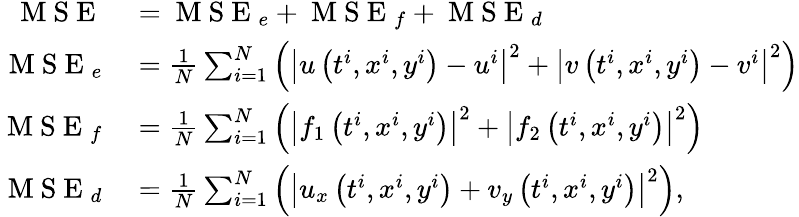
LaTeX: \begin{array}{rl}{\mathrm{~M~S~E~}}&{{}=\mathrm{~M~S~E~}_{e}+\mathrm{~M~S~E~}_{f}+\mathrm{~M~S~E~}_{d}}\\ {\mathrm{~M~S~E~}_{e}}&{{}=\frac{1}{N}\sum_{i=1}^{N}\left(\left|u\left(t^{i},x^{i},y^{i}\right)-u^{i}\right|^{2}+\left|v\left(t^{i},x^{i},y^{i}\right)-v^{i}\right|^{2}\right)}\\ {\mathrm{~M~S~E~}_{f}}&{{}=\frac{1}{N}\sum_{i=1}^{N}\left(\left|f_{1}\left(t^{i},x^{i},y^{i}\right)\right|^{2}+\left|f_{2}\left(t^{i},x^{i},y^{i}\right)\right|^{2}\right)}\\ {\mathrm{~M~S~E~}_{d}}&{{}=\frac{1}{N}\sum_{i=1}^{N}\left(\left|u_{x}\left(t^{i},x^{i},y^{i}\right)+v_{y}\left(t^{i},x^{i},y^{i}\right)\right|^{2}\right),}\end{array}